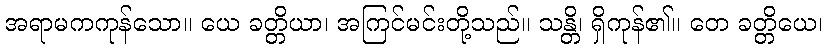
အရာမကကုန်သော။ ယေ ခတ္တိယာ၊ အကြင်မင်းတို့သည်။ သန္တိ၊ ရှိကုန်၏။ တေ ခတ္တိယေ၊